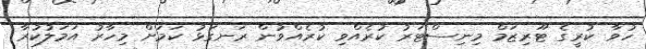
ހުވާ ކުރީގެ ޓޫރިޒަމް މިނިސްޓަރު ކުރެއްވި ކުރެއްވުން ރަނގަޅު ކަމަށް މިހާރު އަމަލުކުރާ